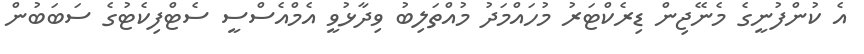
އެ ކުންފުނީގެ މެނޭޖިން ޑިރެކްޓަރު މުހައްމަދު މުއްތަލިބު ވިދާޅުވީ އެމްއެސްސީ ސެޓްފިކެޓުގެ ސަބަބުން